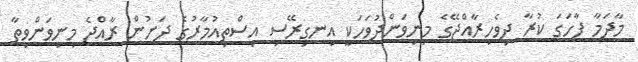
މާދަމާ ފާހަގަ ކުރާ ދިވެހިރާއްޖޭގެ މިނިވަންދުވަހަކީ އިނގިރޭސި އިސްތިއުމާރުގެ ދަށުން ރާއްޖެ މިނިވަންވިތާ